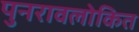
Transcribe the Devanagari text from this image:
पुनरावलोकित